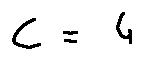
c = 4